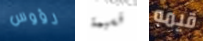
رؤوس قسيمة قيمه